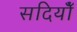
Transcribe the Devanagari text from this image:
सदियोँ